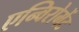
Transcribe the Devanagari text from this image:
एन्विरोमेंट